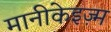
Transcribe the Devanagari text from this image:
मानीकेइज़्म